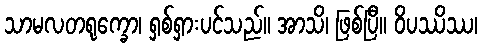
သာမလတရုက္ခော၊ ရှစ်ရှားပင်သည်။ အာသိ၊ ဖြစ်ပြီ။ ဝိပဿိဿ၊